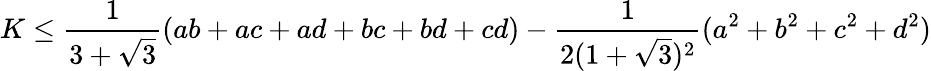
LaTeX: K\leq{\frac{1}{3+{\sqrt{3}}}}(ab+ac+ad+bc+bd+cd)-{\frac{1}{2(1+{\sqrt{3}})^{2}}}(a^{2}+b^{2}+c^{2}+d^{2})